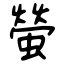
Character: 螢